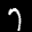
Label: 7